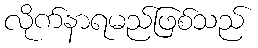
လိုက်နာရမည်ဖြစ်သည်